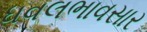
ધવલભાવસાર